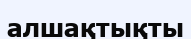
алшақтықты